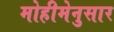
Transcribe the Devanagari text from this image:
मोहीमेनुसार